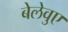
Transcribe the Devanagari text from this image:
बेलेवुए